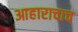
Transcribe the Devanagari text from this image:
आहाराचाच